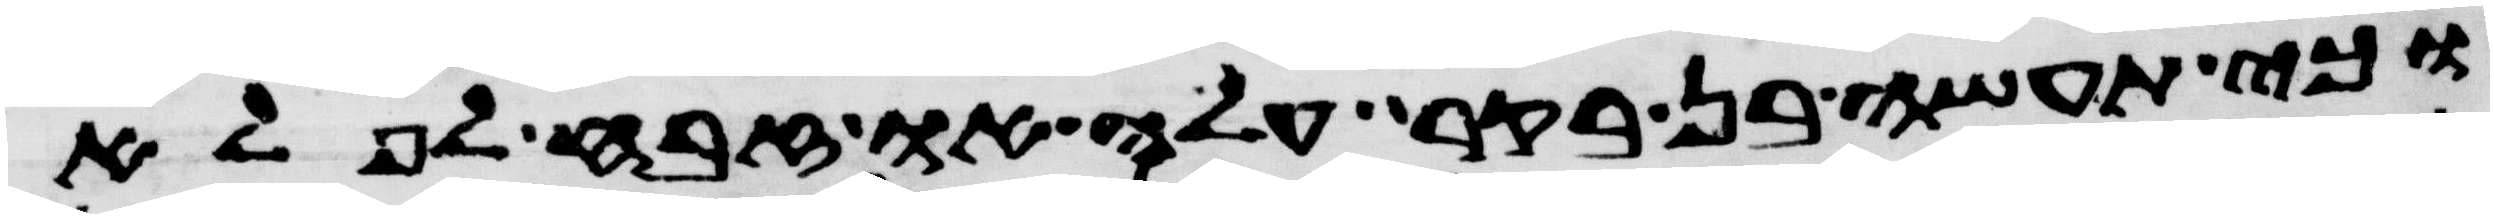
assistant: וכי תעשה בן בקר עלה או זבח לפלא